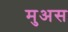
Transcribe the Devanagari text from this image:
मुअस